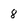
Character: 8